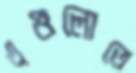
এগুলোতে